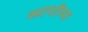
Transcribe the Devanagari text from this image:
व्याप्तीच्या